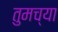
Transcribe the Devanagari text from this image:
तुमच्‍या